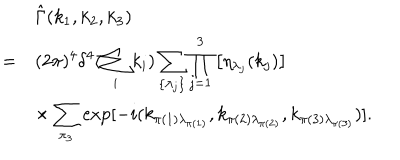
\begin{array} { r l } { { } } & { { \hat { \Gamma } ( k _ { 1 } , k _ { 2 } , k _ { 3 } ) } } \\ { { = } } & { { \displaystyle ( 2 \pi ) ^ { 4 } \delta ^ { 4 } ( \sum _ { i } k _ { i } ) \sum _ { \{ \lambda _ { j } \} } \prod _ { j = 1 } ^ { 3 } \left[ \eta _ { \lambda _ { j } } ( k _ { j } ) \right] } } \\ { { } } & { { \displaystyle \times \sum _ { \pi _ { 3 } } \exp [ - i ( k _ { \pi ( 1 ) \lambda _ { \pi ( 1 ) } } , k _ { \pi ( 2 ) \lambda _ { \pi ( 2 ) } } , k _ { \pi ( 3 ) \lambda _ { \pi ( 3 ) } } ) ] . } } \\ \end{array}